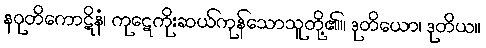
နဝုတိကောဋိနံ၊ ကုဋေကိုးဆယ်ကုန်သောသူတို့၏။ ဒုတိယော၊ ဒုတိယ။